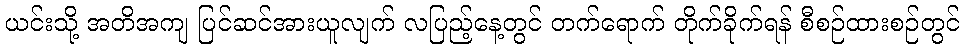
ယင်းသို့ အတိအကျ ပြင်ဆင်အားယူလျက် လပြည့်နေ့တွင် တက်ရောက် တိုက်ခိုက်ရန် စီစဉ်ထားစဉ်တွင်